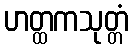
ဟတ္ထကသုတ္တံ